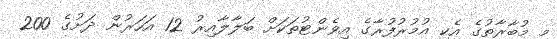
މި މުބާރާތުގެ އެކި އުމުރުފުރާގެ އިވެންޓުތަކަށް ބަލާލާއިރު 12 އަހަރުން ދަށުގެ 200